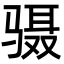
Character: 䯅